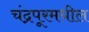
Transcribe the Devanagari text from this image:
चंद्रपूरमधील